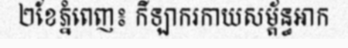
២ខែភ្នំពេញ៖ កីឡាករកាយសម្ព័ន្ធអាក